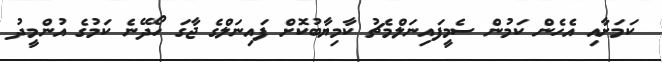
ކަމަށާއި އެހެން ކަމުން ސެމީފައިނަލްމެޗު ކާމިޔާބުކޮށް ފައިނަލްގެ ޖާގަ ހޯދޭނެ ކަމުގެ އުންމީދު